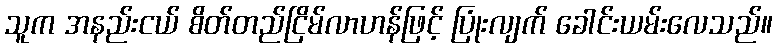
သူက အနည်းငယ် စိတ်တည်ငြိမ်လာဟန်ဖြင့် ပြုံးလျက် ခေါင်းယမ်းလေသည်။